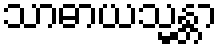
သာဓာယသ္မန္တာ